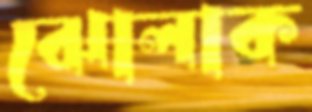
ঝোলাক